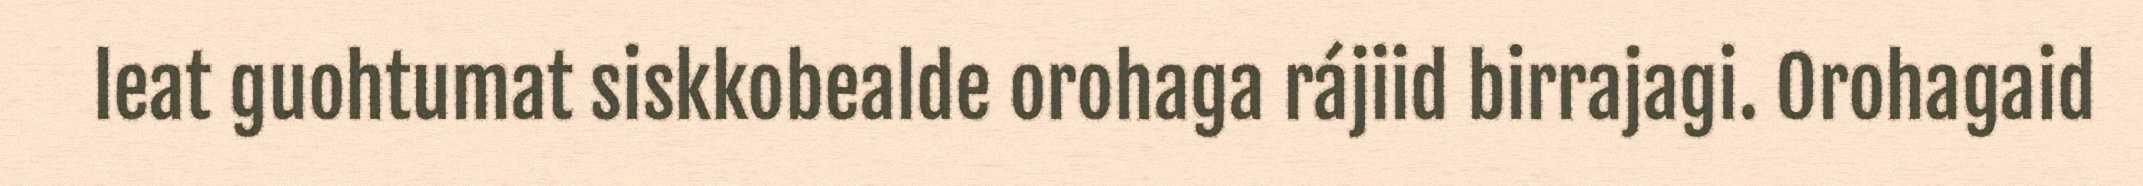
leat guohtumat siskkobealde orohaga rájiid birrajagi. Orohagaid